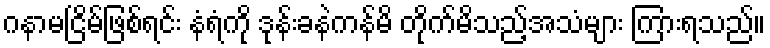
ဂနာမငြိမ်ဖြစ်ရင်း နံရံကို ဒုန်းခနဲကန်မိ တိုက်မိသည့်အသံများ ကြားရသည်။